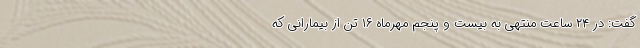
گفت: در ۲۴ ساعت منتهی به بیست و پنجم مهرماه ۱۶ تَن از بیمارانی که